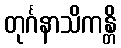
တုင်္ဂနာသိကန္တိ